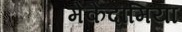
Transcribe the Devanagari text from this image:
मेकेदामिया